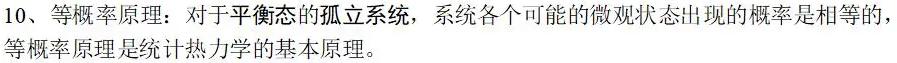
10、等概率原理：对于平衡态的孤立系统，系统各个可能的微观状态出现的概率是相等的，等概率原理是统计热力学的基本原理。